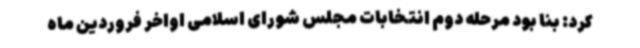
کرد: بنا بود مرحله دوم انتخابات مجلس شورای اسلامی اواخر فروردین ماه